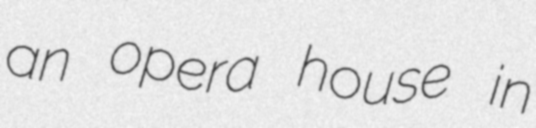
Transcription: an opera house in